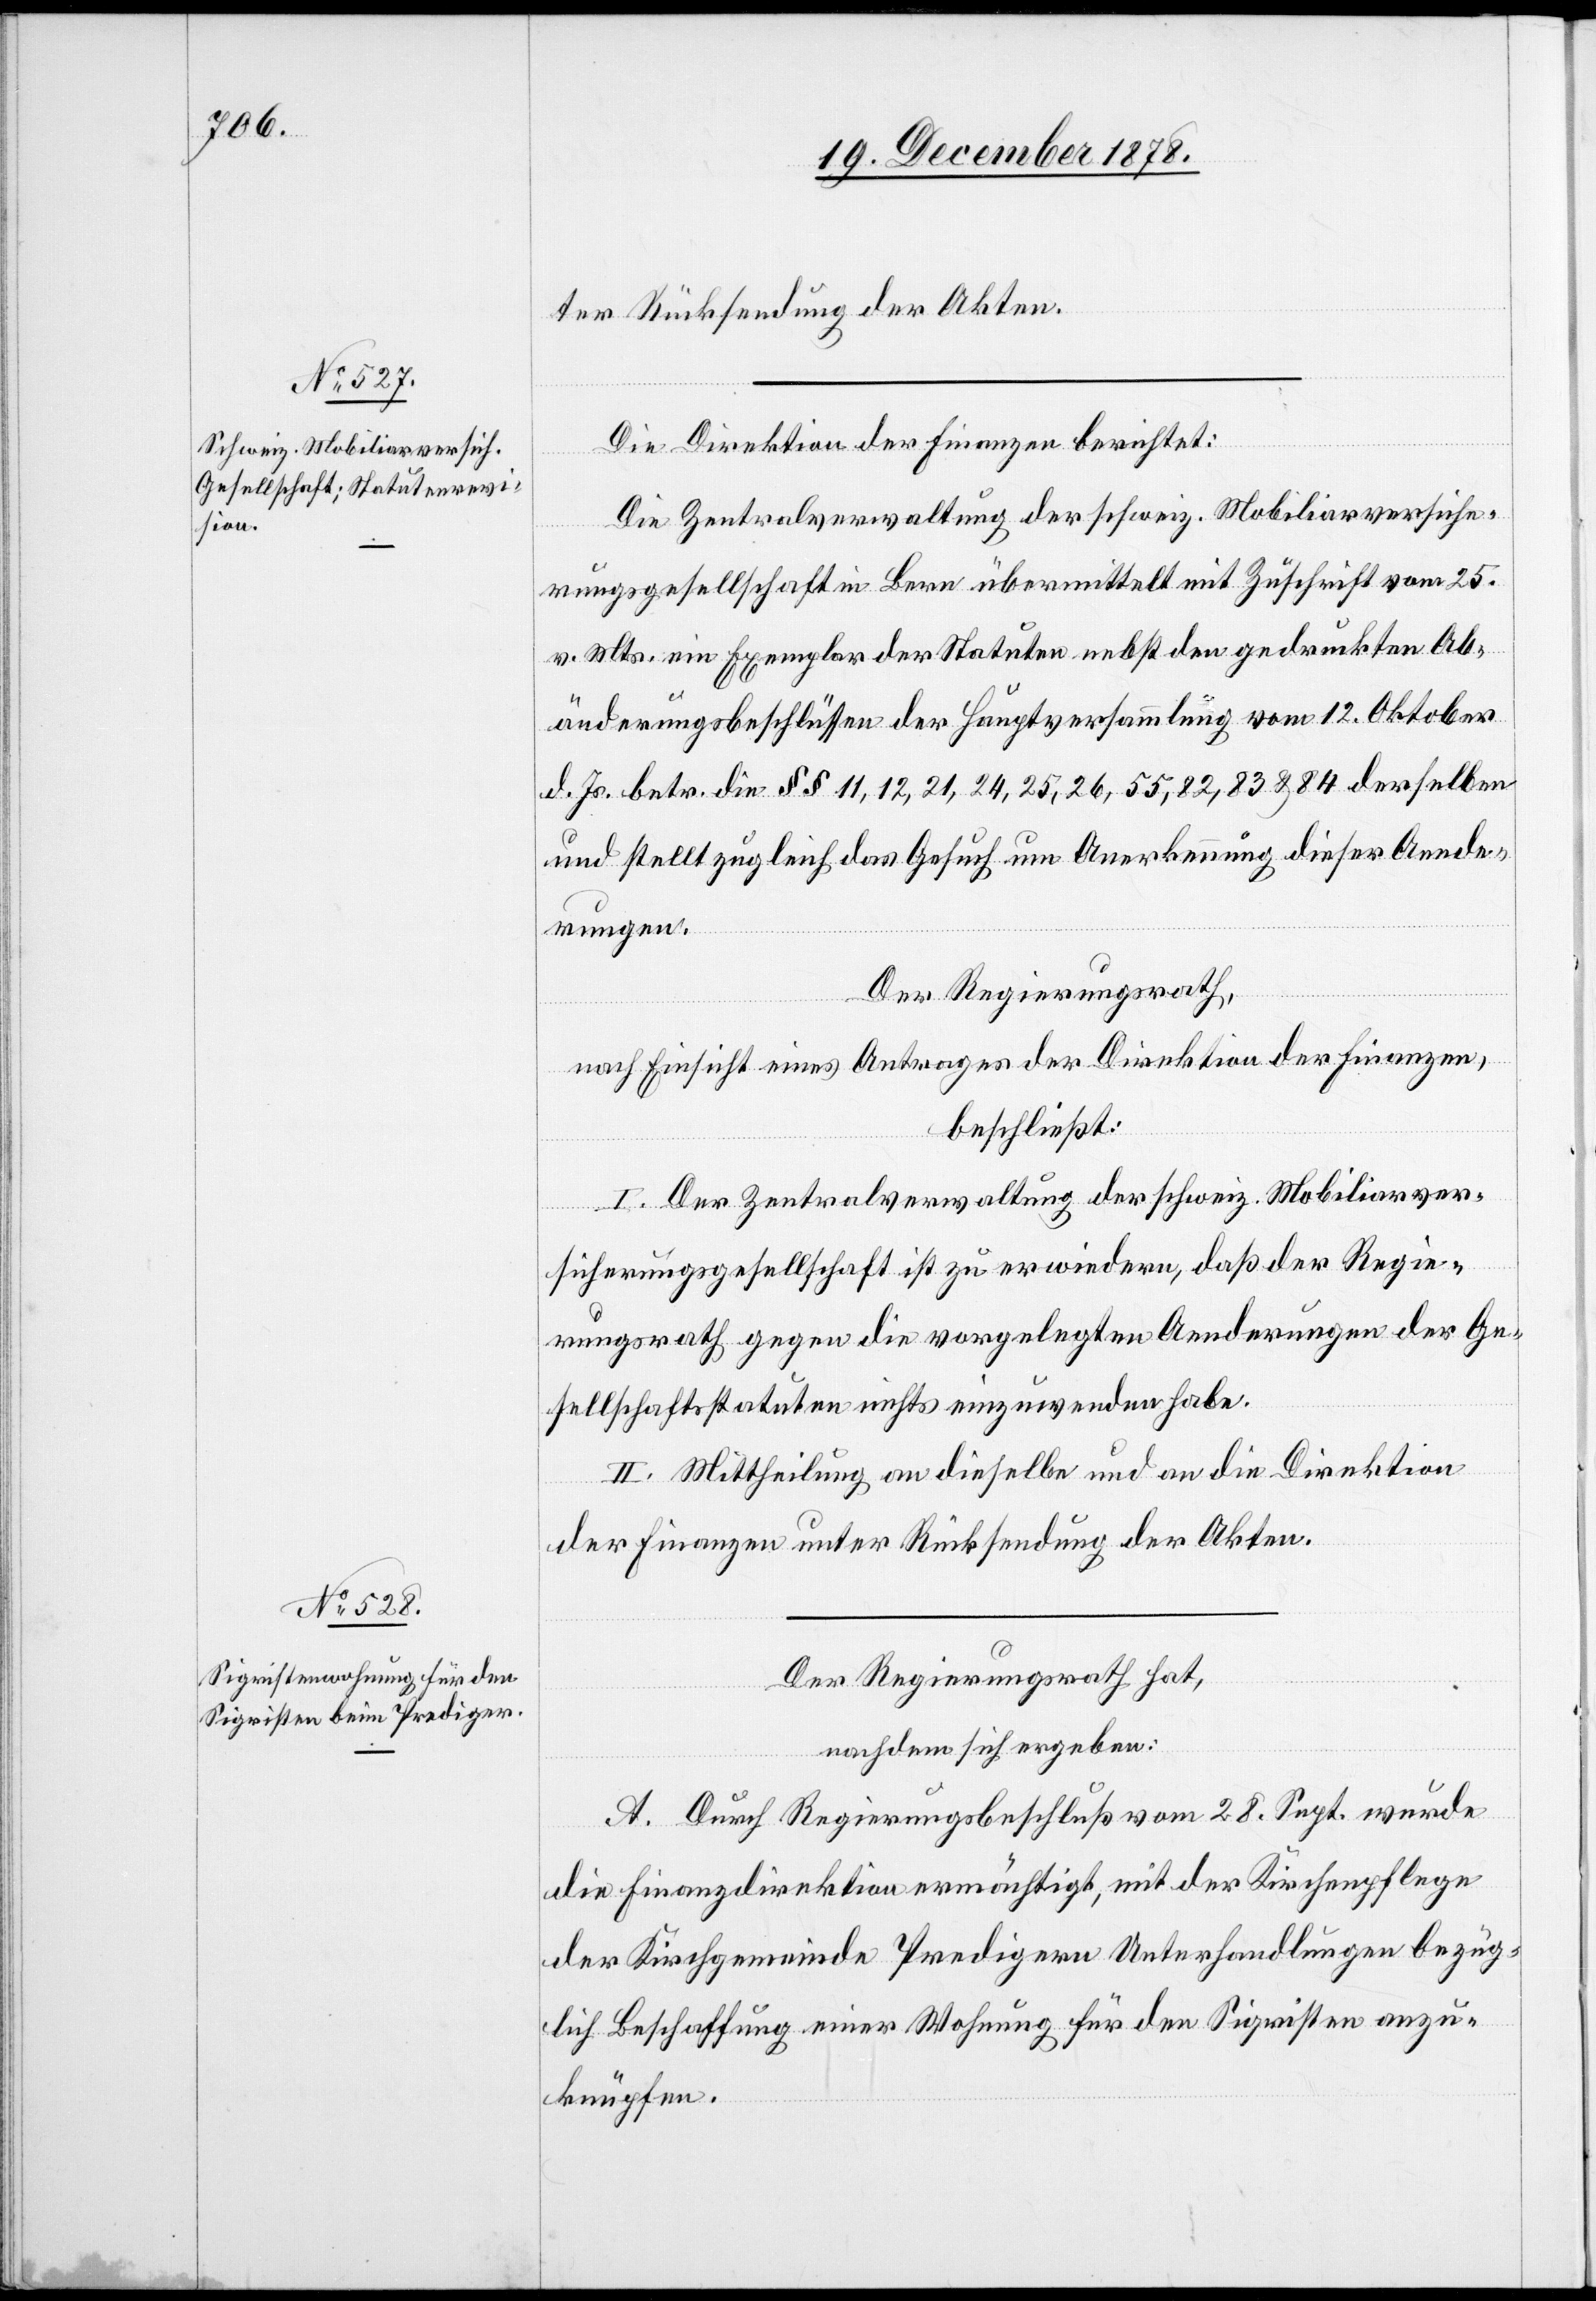
ter Rücksendung der Akten.
Die Direktion der Finanzen berichtet:
Die Zentralverwaltung der schweiz. Mobiliarversiche¬
rungsgesellschaft in Bern übermittelt mit Zuschrift vom 25.
v. Mts. ein Exemplar der Statuten nebst den gedruckten Ab¬
änderungsbeschlüssen der Hauptversammlung vom 12. Oktober
d. Js. betr. die §§ 11, 12, 21, 24, 25, 26, 55, 82, 83 & 84 derselben
und stellt zugleich das Gesuch um Anerkennung dieser Aende¬
rungen.
Der Regierungsrath,
nach Einsicht eines Antrages der Direktion der Finanzen,
beschließt:
I. Der Zentralverwaltung der schweiz. Mobiliarver¬
sicherungsgesellschaft ist zu erwiedern, daß der Regie¬
rungsrath gegen die vorgelegten Aenderungen der Ge¬
sellschaftsstatuten nichts einzuwenden habe.
II. Mittheilung an dieselbe und an die Direktion
der Finanzen unter Rücksendung der Akten.
Der Regierungsrath hat,
nachdem sich ergeben:
A. Durch Regierungsbeschluß vom 28. Sept. wurde
die Finanzdirektion ermächtigt, mit der Kirchenpflege
der Kirchgemeinde Predigern Unterhandlungen bezüg¬
lich Beschaffung einer Wohnung für den Sigristen anzu¬
knüpfen.